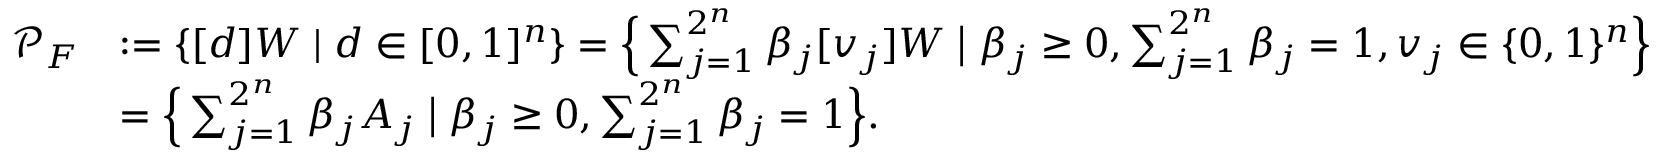
\begin{array} { r l } { \mathcal { P } _ { F } } & { : = \{ [ d ] W \; | \; d \in [ 0 , 1 ] ^ { n } \} = \Big \{ \sum _ { j = 1 } ^ { 2 ^ { n } } \beta _ { j } [ v _ { j } ] W \; \big | \; \beta _ { j } \geq 0 , \sum _ { j = 1 } ^ { 2 ^ { n } } \beta _ { j } = 1 , v _ { j } \in \{ 0 , 1 \} ^ { n } \Big \} } \\ & { = \Big \{ \sum _ { j = 1 } ^ { 2 ^ { n } } \beta _ { j } A _ { j } \; \big | \; \beta _ { j } \geq 0 , \sum _ { j = 1 } ^ { 2 ^ { n } } \beta _ { j } = 1 \Big \} . } \end{array}